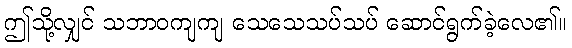
ဤသို့လျှင် သဘာဝကျကျ သေသေသပ်သပ် ဆောင်ရွက်ခဲ့လေ၏။